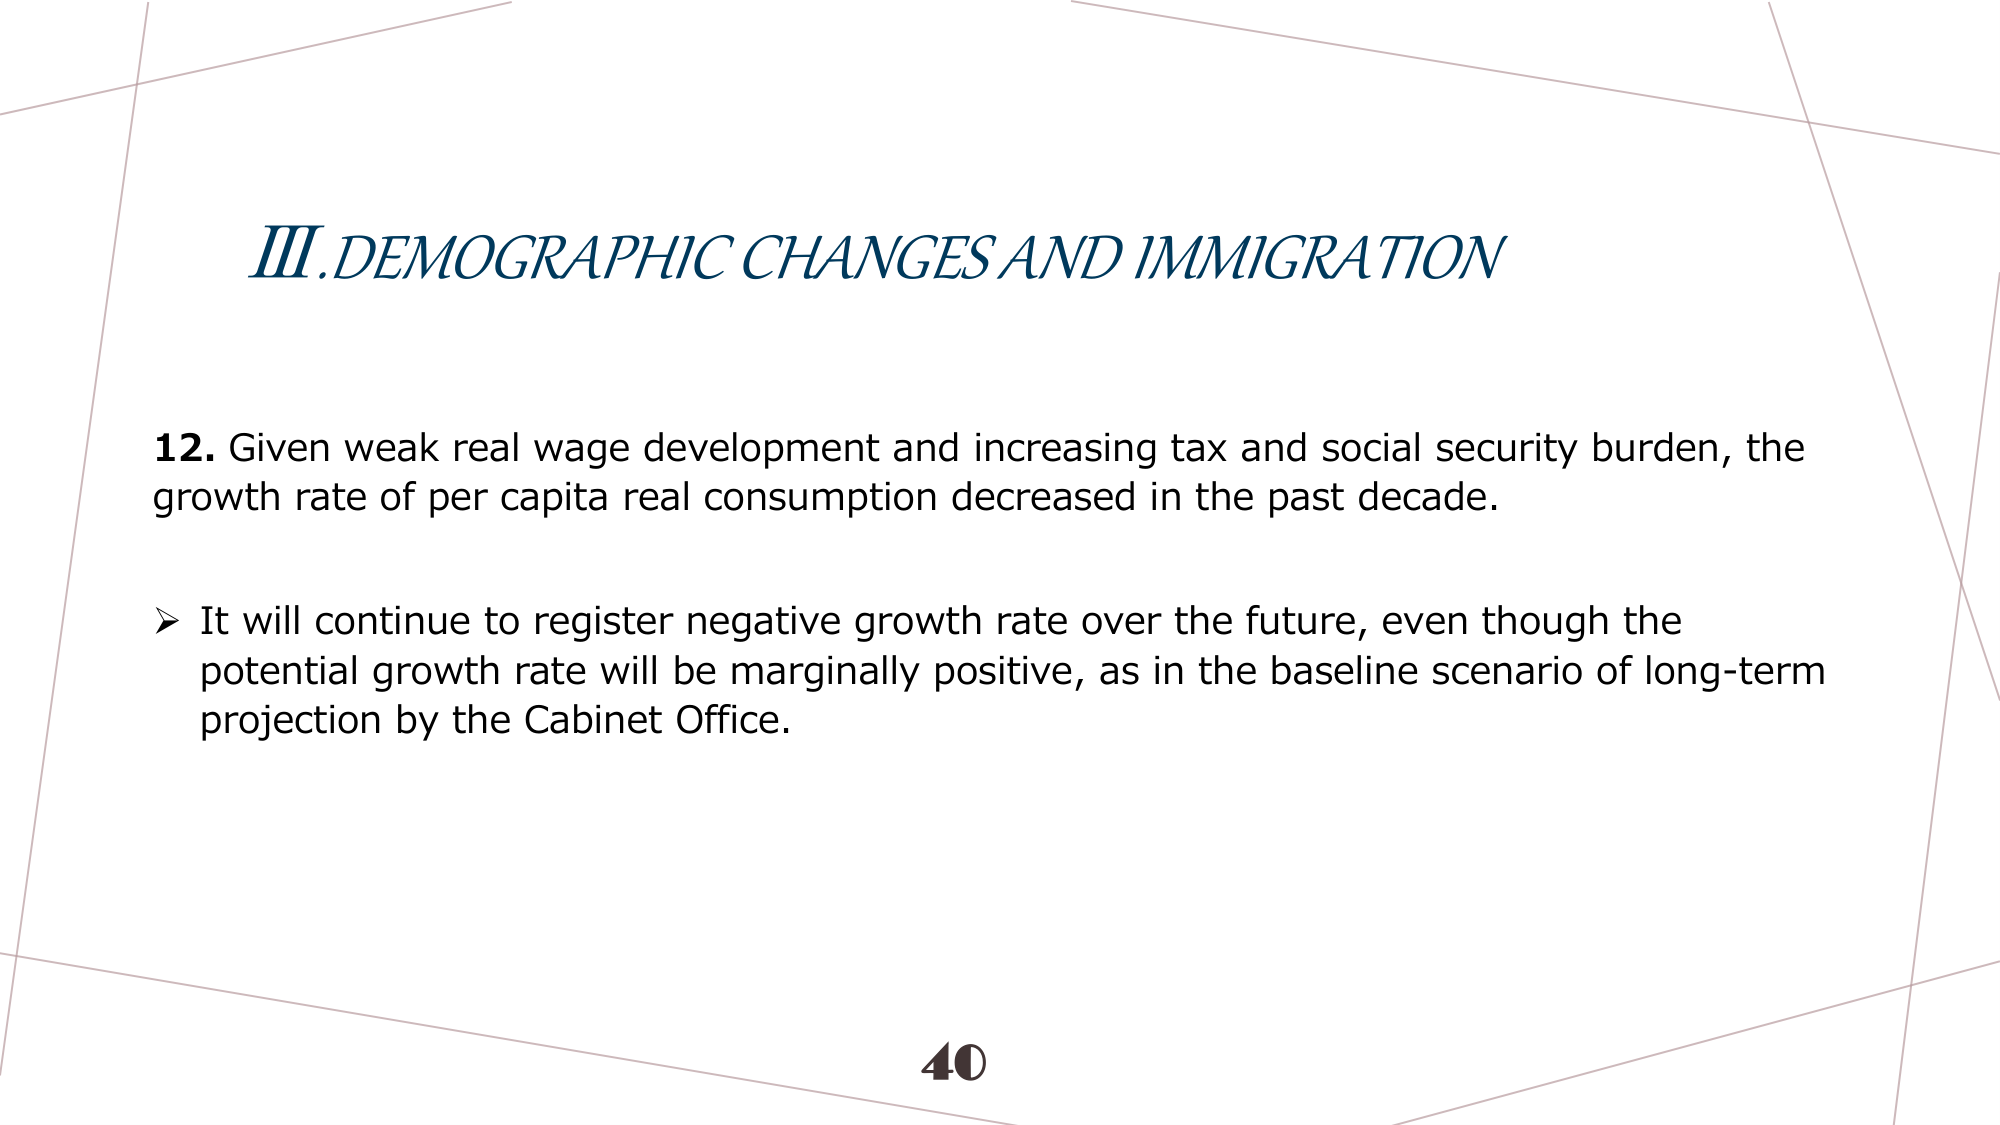
III. DEMOGRAPHIC CHANGES AND IMMIGRATION

12. Given weak real wage development and increasing tax and social security burden, the growth rate of per capita real consumption decreased in the past decade.

➤ It will continue to register negative growth rate over the future, even though the potential growth rate will be marginally positive, as in the baseline scenario of long-term projection by the Cabinet Office.

40